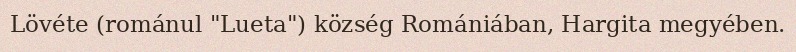
Lövéte (románul "Lueta") község Romániában, Hargita megyében.